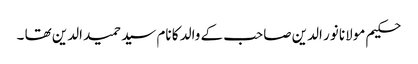
حکیم مولانا نور الدین صاحب کے والد کا نام سید حمید الدین تھا ۔